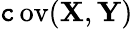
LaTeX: \operatorname{\mathtt{c}ov}(\mathbf{{X}},\mathbf{{Y}})